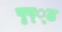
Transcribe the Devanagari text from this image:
पृष््ठ